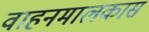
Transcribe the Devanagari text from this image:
वाहनमालकास